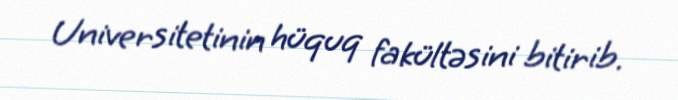
Universitetinin hüquq fakültəsini bitirib.